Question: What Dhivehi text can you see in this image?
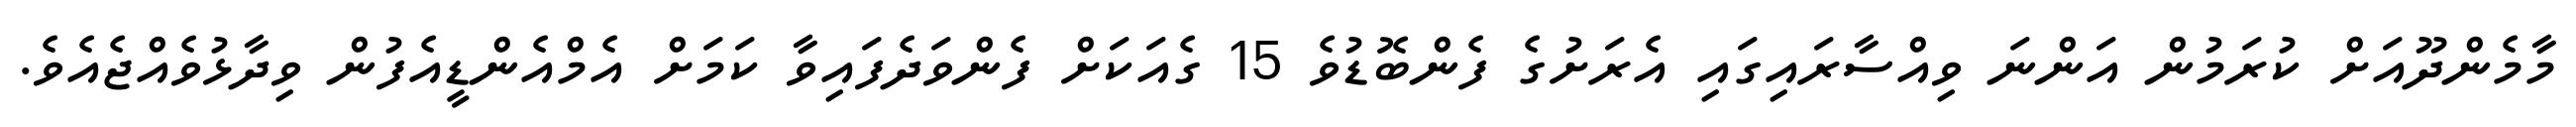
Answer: މާމެންދޫއަށް ކުރަމުން އަންނަ ވިއްސާރައިގައި އެރަށުގެ ފެންބޮޑުވެ 15 ގެއަކަށް ފެންވަދެފައިވާ ކަމަށް އެމްއެންޑީއެފުން ވިދާޅުވެއްޖެއެވެ.